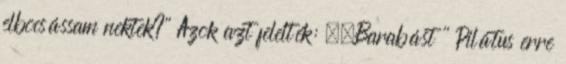
elbocsássam nektek?'' Azok azt felelték: ,,Barabást '' Pilátus erre